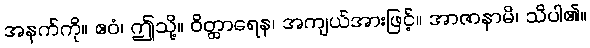
အနက်ကို။ ဧဝံ၊ ဤသို့။ ဝိတ္ထာရေန၊ အကျယ်အားဖြင့်။ အာဇာနာမိ၊ သိပါ၏။